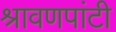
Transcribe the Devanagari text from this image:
श्रावणपांटी